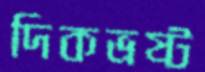
দিকভ্রষ্ট